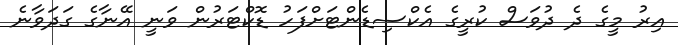
އިރު މީގެ ދެ ދުވަސް ކުރީގެ އެކްސިޑެންޓަށްފަހު ޑޮކްޓަރުން ވަނީ އޭނާގެ ގަދަވާނެ